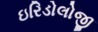
ઇરિડોલોજી